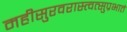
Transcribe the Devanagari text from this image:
महीसुरवरास्त्वत्सुप्रभातं